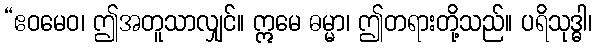
“ဧဝမေဝ၊ ဤအတူသာလျှင်။ ဣမေ ဓမ္မာ၊ ဤတရားတို့သည်။ ပရိသုဒ္ဓါ၊